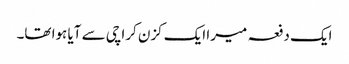
ایک دفعہ میرا ایک کزن کراچی سے آیا ہوا تھا۔